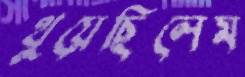
থুয়েছিলেম